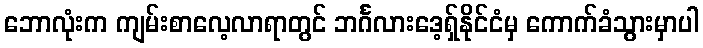
ဘောလုံးက ကျမ်းစာလေ့လာရာတွင် ဘင်္ဂလားဒေ့ရှ်နိုင်ငံမှ ကောက်ခံသွားမှာပါ